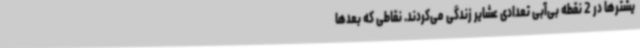
یشترها در 2 نقطه بی‌آبی تعدادی عشایر زندگی می‌کردند. نقاطی که بعدها